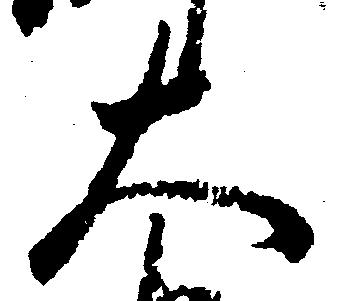
大